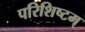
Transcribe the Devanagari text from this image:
परिशिष्टम्